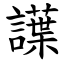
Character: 䜓